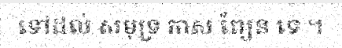
ទៅដល់ សមុទ្រ កាស ព្យែន ទេ ។